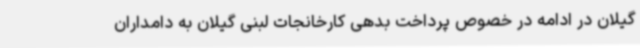
گیلان در ادامه در خصوص پرداخت بدهی کارخانجات لبنی گیلان به دامداران